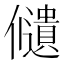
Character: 𠑌